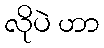
လိုပဲ ဟာ